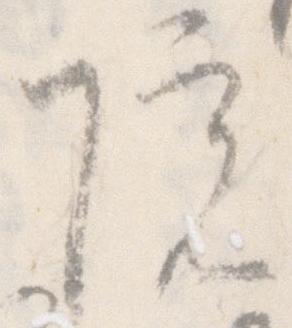
院